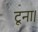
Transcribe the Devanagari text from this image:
टूना।